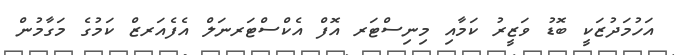
އަހުމަދުޒަކީ ބޮޑު ވަޒީރު ކަމާއި މިނިސްޓަރ އޮފް އެކްސްޓަރނަލް އެފެއަރޒް ކަމުގެ މަގާމުން